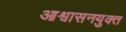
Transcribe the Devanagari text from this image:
आश्वासनयुक्त